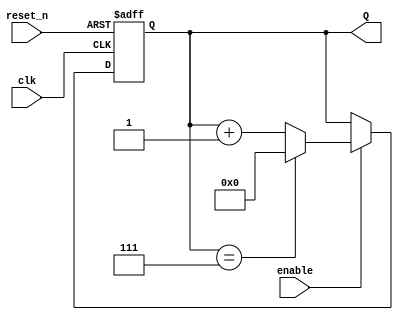
`timescale 1ns / 1ps
//////////////////////////////////////////////////////////////////////////////////
// Company: 
// Engineer: 
// 
// Design Name: 
// Module Name: hardcoded_modcntr
// Project Name: 
// Target Devices: 
// Tool Versions: 
// Description: 
// 
// Dependencies: 
// 
// Revision:
// Revision 0.01 - File Created
// Additional Comments:
// 
//////////////////////////////////////////////////////////////////////////////////


module hardcoded_modcntr
    #(parameter BITS = 4) 
    (
    input clk,
    input reset_n,
    input enable,
    output [BITS - 1:0]Q
    );
    reg [BITS -1:0] Q_reg, Q_next;
    wire done;
    always @ (posedge clk, negedge reset_n)
    begin
        if (~reset_n)
            Q_reg = 'b0;
        else if(enable)
            Q_reg<=Q_next;
        else
            Q_reg = Q_reg;
    end
    //next state logic
    assign done = Q_reg ==7;
    always @ (*)
    begin
        Q_next = done? 'b0: Q_reg+1;
 
    end
    //output logic
    assign Q = Q_reg;
endmodule